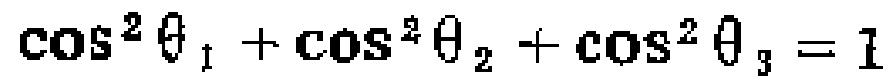
\(\cos^{2} \theta_{1}+\cos^{2} \theta_{2}+\cos^{2} \theta_{3}=1\)